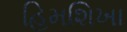
હિમશિખા